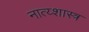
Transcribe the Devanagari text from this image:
नात्य्शास्त्र